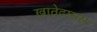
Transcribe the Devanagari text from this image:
खातेदारास